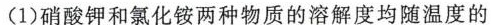
(1)硝酸钾和氯化铵两种物质的溶解度均随温度的